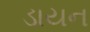
ડાયન